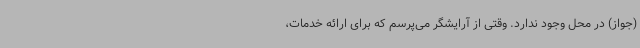
(جواز) در محل وجود ندارد. وقتی از آرایشگر می‌پرسم که برای ارائه خدمات،